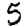
Digit: 5